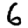
Digit: 6